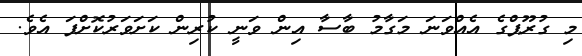
މި ގުރޫޕްގެ އެއްވަނަ މަގާމު ބާސާ އިން ވަނީ ކުރިން ކަށަވަރުކޮށްފަ އެވެ.